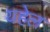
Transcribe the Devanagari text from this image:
यहेल